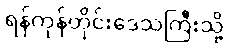
ရန်ကုန်တိုင်းဒေသကြီးသို့